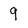
Character: 9